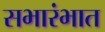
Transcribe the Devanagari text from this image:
सभारंभात